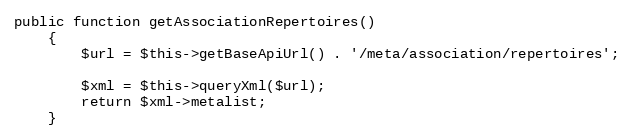
Language: PHP
public function getAssociationRepertoires()
    {
        $url = $this->getBaseApiUrl() . '/meta/association/repertoires';

        $xml = $this->queryXml($url);
        return $xml->metalist;
    }